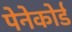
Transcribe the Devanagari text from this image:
पेनेकोर्ड